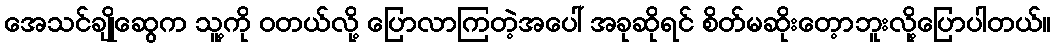
အေသင်ချိုဆွေက သူ့ကို ဝတယ်လို့ ပြောလာကြတဲ့အပေါ် အခုဆိုရင် စိတ်မဆိုးတေ့ာဘူးလို့ပြောပါတယ်။